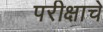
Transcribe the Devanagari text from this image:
परीक्षाचे